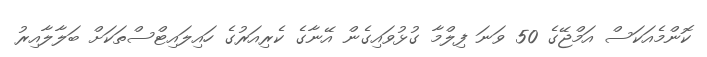
ކޮންމެއަކަސް އަމްޖޭގެ 50 ވަނަ ފިލްމާ ގުޅުވައިގެން އޭނާގެ ކެރިއަރުގެ ހައިލައިޓްސްތަކަށް ބަލާލާއިރު